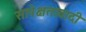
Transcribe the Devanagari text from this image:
सापेक्षतावादी